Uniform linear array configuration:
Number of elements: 32
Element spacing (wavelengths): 1
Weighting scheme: kaiser
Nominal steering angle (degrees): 60
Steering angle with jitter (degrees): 61.07
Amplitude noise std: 0.05
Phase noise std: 0.05

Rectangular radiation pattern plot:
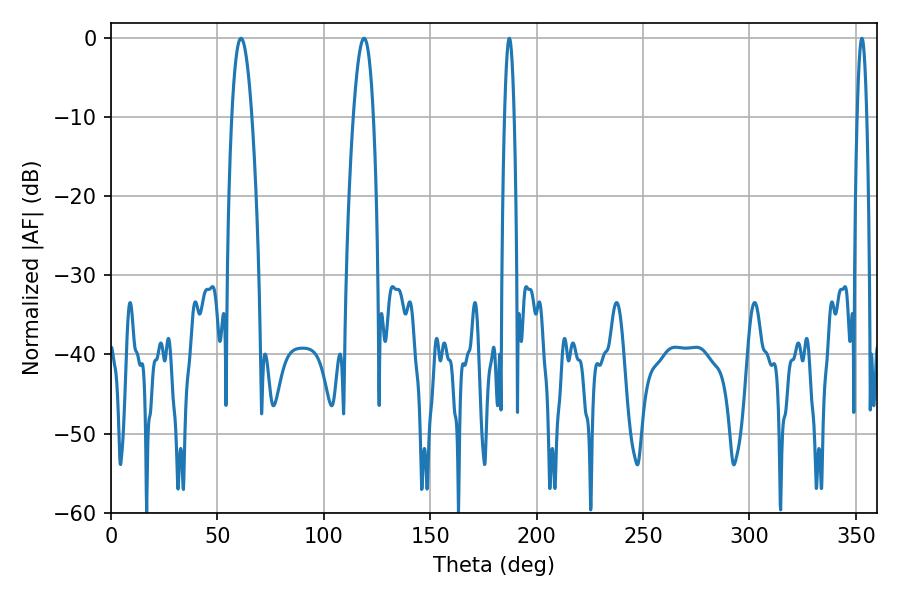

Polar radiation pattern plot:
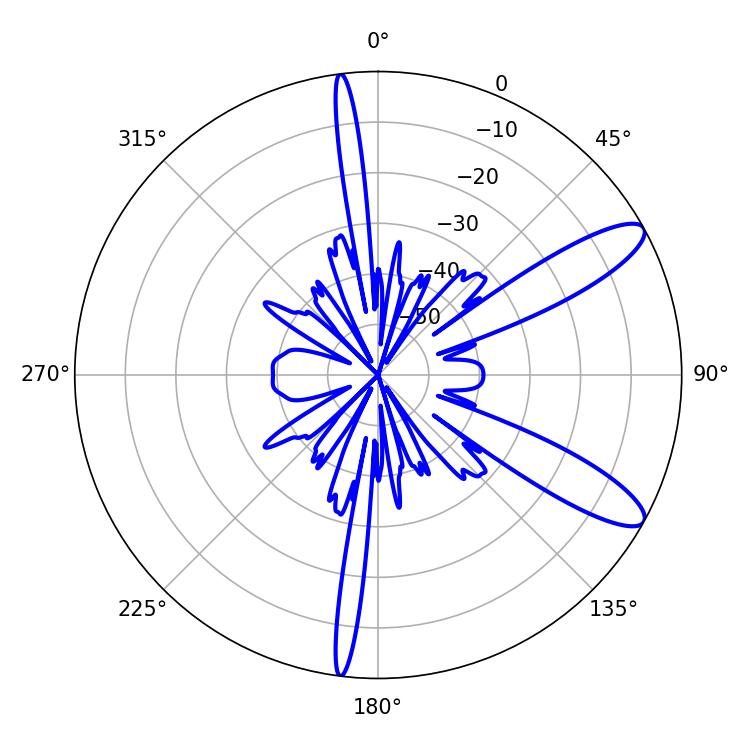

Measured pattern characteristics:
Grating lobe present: TRUE
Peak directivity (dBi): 10.969
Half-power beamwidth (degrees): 5.04
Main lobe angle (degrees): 61.02